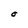
Character: O